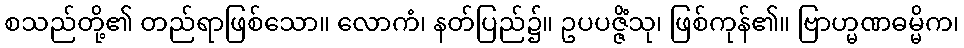
စသည်တို့၏ တည်ရာဖြစ်သော။ လောကံ၊ နတ်ပြည်၌။ ဥပပဇ္ဇိံသု၊ ဖြစ်ကုန်၏။ ဗြာဟ္မဏဓမ္မိက၊